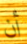
أن